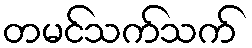
တမင်သက်သက်